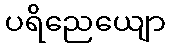
ပရိညေယျော